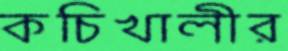
কচিখালীর